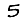
Digit: 5